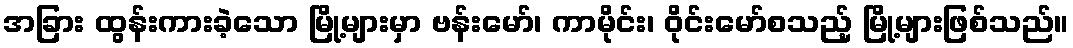
အခြား ထွန်းကားခဲ့သော မြို့များမှာ ဗန်းမော်၊ ကာမိုင်း၊ ဝိုင်းမော်စသည့် မြို့များဖြစ်သည်။